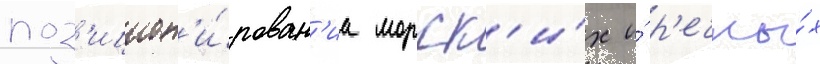
поз'ицион'и́рован'иа морск'и́х и́ р'ечны́х